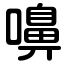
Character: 嚊